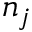
n _ { j }